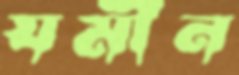
যমীন